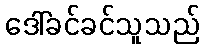
ဒေါ်ခင်ခင်သူသည်